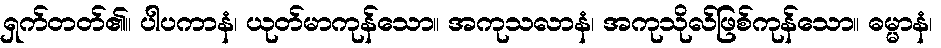
ရှက်တတ်၏။ ပါပကာနံ၊ ယုတ်မာကုန်သော။ အကုသလာနံ၊ အကုသိုလ်ဖြစ်ကုန်သော။ ဓမ္မာနံ၊